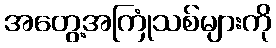
အတွေ့အကြုံသစ်များကို